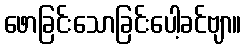
ဖောခြင်းသောခြင်းပေါ့ခင်ဗျာ။